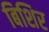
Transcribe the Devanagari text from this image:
बिशिर